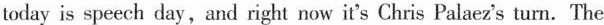
today is speech day, and right now it's Chris Palaez's turn. The